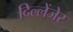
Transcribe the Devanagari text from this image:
दिल्लेंजेर